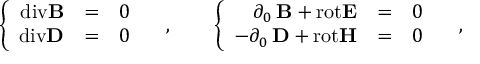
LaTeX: \left\{ \begin{array} { r c l } { { \mathrm { d i v } { \bf B } } } & { { = } } & { { 0 } } \\ { { \mathrm { d i v } { \bf D } } } & { { = } } & { { 0 } } \end{array} \right. \quad , \qquad \left\{ \begin{array} { r c l } { { \phantom { - } \partial _ { 0 } \, { \bf B } { } + { } \mathrm { r o t } { \bf E } } } & { { = } } & { { 0 } } \\ { { - \partial _ { 0 } \, { \bf D } { } + { } \mathrm { r o t } { \bf H } } } & { { = } } & { { 0 } } \end{array} \right. \quad ,